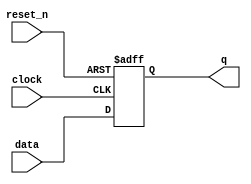
//***************************************************************************//
//***************************************************************************//
//***************************************************************************//
//**************                                          *******************//
//**************                                          *******************//
//**************      (c) SASIC Technologies Pvt Ltd      *******************//
//**************          (c) Verilogic Solutions         *******************//
//**************                                          *******************//
//**************                                          *******************//
//**************                                          *******************//
//**************           www.sasictek.com               *******************//
//**************          www.verilog-ic.com              *******************//
//**************                                          *******************//
//**************           Twitter:@sasictek              *******************//
//**************                                          *******************//
//**************                                          *******************//
//**************                                          *******************//
//***************************************************************************//
//***************************************************************************//


//              File Type: Verilog                                 

                             
//***************************************************************************//
//***************************************************************************//
                             

//              Author:
//              Reviewer:
//              Manager:
                             

//***************************************************************************//
//***************************************************************************//
module dff_reset_n(input data,clock,reset_n,
									 output reg q);
	always @(posedge clock or negedge reset_n)
		begin:alw_blk
			case(reset_n)							//different cases
					1'b0:
						begin:reset0_blk
							q<=1'b0;
						end	//reset0_blk
					1'b1:
						begin:reset1_blk
							q<=data;
						end	//reset1_blk
					default:
						begin:reset_xz_blk
							q<=1'bx;
						end
					endcase									//end different cases
			end	//alw_blk
endmodule